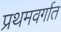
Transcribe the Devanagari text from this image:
प्रथमवर्गात